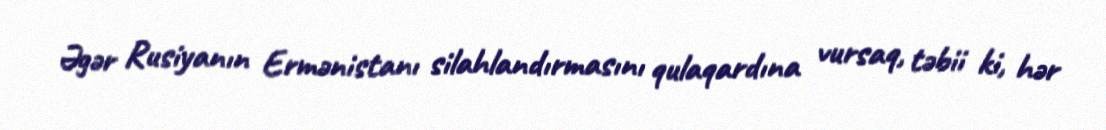
Əgər Rusiyanın Ermənistanı silahlandırmasını qulaqardına vursaq, təbii ki, hər